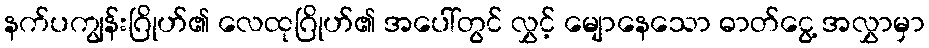
နက်ပကျွန်းဂြိုဟ်၏ လေထုဂြိုဟ်၏ အပေါ်တွင် လွှင့် မျောနေသော ဓာတ်ငွေ့ အလွှာမှာ